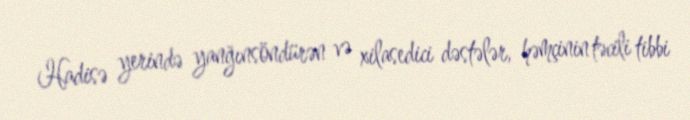
Hadisə yerində yanğınsöndürən və xilasedici dəstələr, həmçinin təcili tibbi